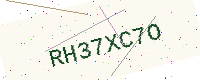
Text: RH37XC7O